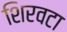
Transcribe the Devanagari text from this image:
शिरवटा